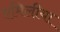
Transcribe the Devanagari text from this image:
एमिलीया